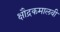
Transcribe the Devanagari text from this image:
क्षौद्रकमालवी